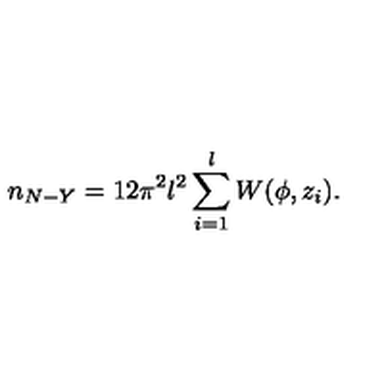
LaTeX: n _ { N - Y } = 1 2 \pi ^ { 2 } l ^ { 2 } \sum _ { i = 1 } ^ { l } W ( \phi , z _ { i } ) .